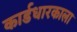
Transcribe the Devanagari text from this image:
कार्डधारकाला